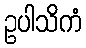
ဥပါသိကံ